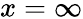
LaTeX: x=\infty